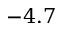
- 4 . 7